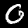
Digit: 0